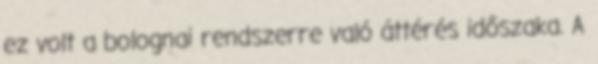
ez volt a bolognai rendszerre való áttérés időszaka. A